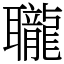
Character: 䏊